画像に写った文字を読んでください
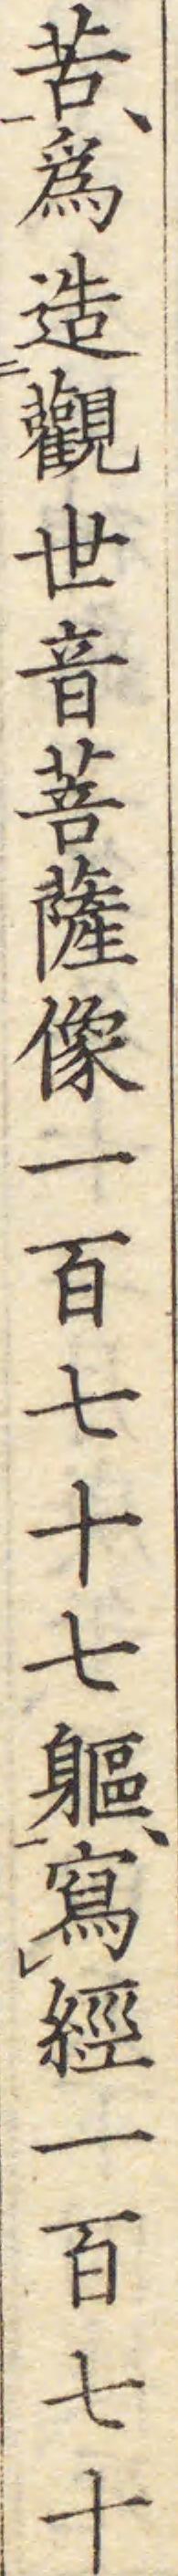
「苦、爲造觀世音菩薩像一百七十七軀、寫經一百七十」と書いてあります